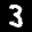
Label: 3